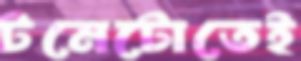
টমেটোতেই